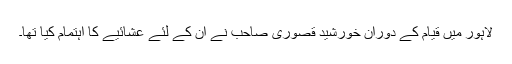
لاہور میں قیام کے دوران خورشید قصوری صاحب نے اِن کے لئے عشائیے کا اہتمام کیا تھا۔